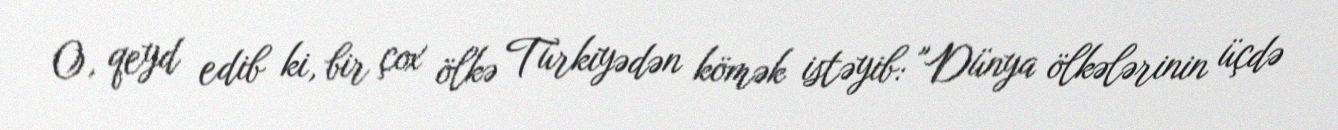
O, qeyd edib ki, bir çox ölkə Türkiyədən kömək istəyib: "Dünya ölkələrinin üçdə